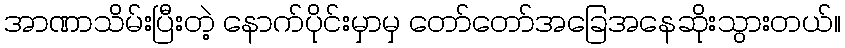
အာဏာသိမ်းပြီးတဲ့ နောက်ပိုင်းမှာမှ တော်တော်အခြေအနေဆိုးသွားတယ်။